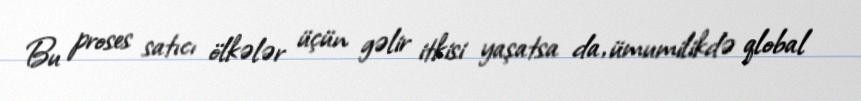
Bu proses satıcı ölkələr üçün gəlir itkisi yaşatsa da, ümumilikdə qlobal